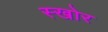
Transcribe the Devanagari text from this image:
स्खोर